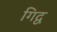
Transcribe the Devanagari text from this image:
गिद्व